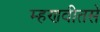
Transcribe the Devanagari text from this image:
म्हणवीतसे